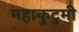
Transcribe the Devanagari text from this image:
महाकुटुमी